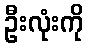
ဦးလုံးကို